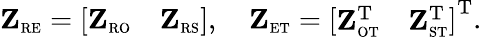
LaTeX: \begin{array}{r}{\mathbf{Z}_{\scriptscriptstyle\mathrm{R}\scriptscriptstyle\mathrm{E}}=\left[\begin{array}{ll}{\mathbf{Z}_{\scriptscriptstyle\mathrm{R}\scriptscriptstyle\mathrm{O}}}&{\mathbf{Z}_{\scriptscriptstyle\mathrm{R}\scriptscriptstyle\mathrm{S}}}\end{array}\right],\quad\mathbf{Z}_{\scriptscriptstyle\mathrm{E}\scriptscriptstyle\mathrm{T}}=\left[\begin{array}{ll}{\mathbf{Z}_{\scriptscriptstyle\mathrm{O}\scriptscriptstyle\mathrm{T}}^{\mathrm{T}}}&{\mathbf{Z}_{\scriptscriptstyle\mathrm{S}\scriptscriptstyle\mathrm{T}}^{\mathrm{T}}}\end{array}\right]^{\mathrm{T}}.}\end{array}